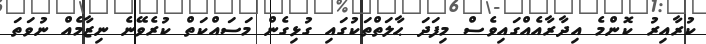
ކުރާއިރު ކޮންމެ އިދާރާއެއްގައިވެސް މިފަދަ ޙާލަތްތަކުގައި ގުޅިގެން މަސައްކަތް ކުރެވޭނެ ނިޒާމެއް ނުވަތަ